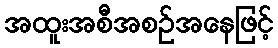
အထူးအစီအစဉ်အနေဖြင့်